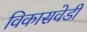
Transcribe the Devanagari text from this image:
विकासवेडी